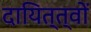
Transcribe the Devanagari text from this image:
दायित्त्वों